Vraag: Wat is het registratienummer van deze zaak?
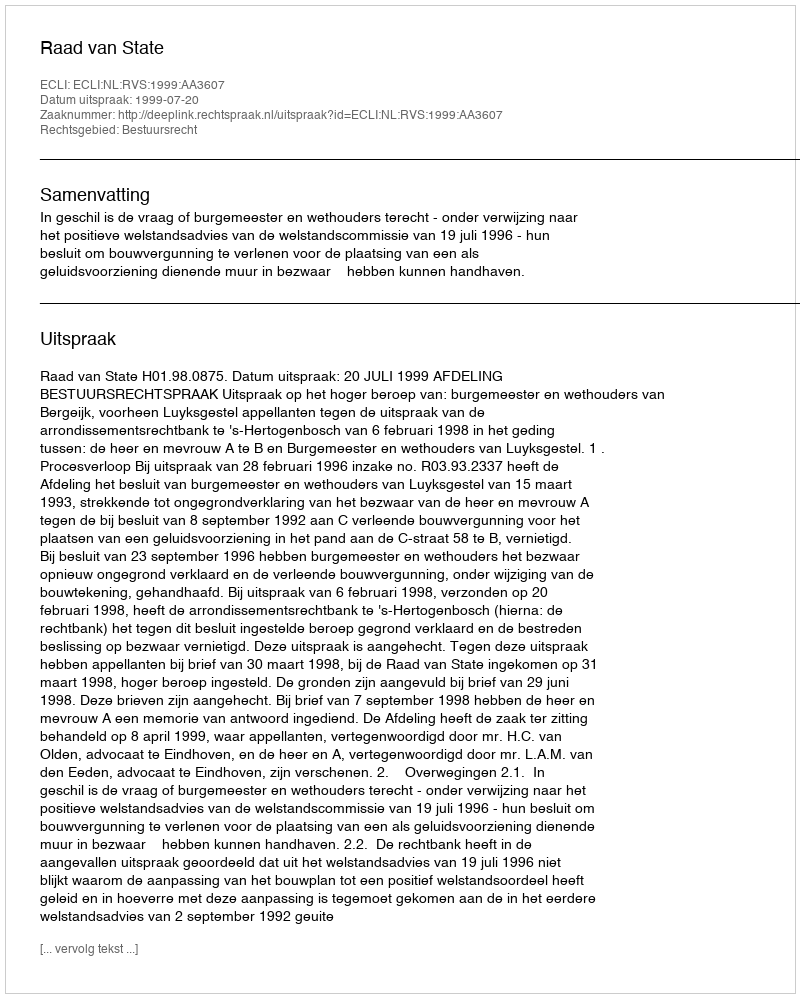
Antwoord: http://deeplink.rechtspraak.nl/uitspraak?id=ECLI:NL:RVS:1999:AA3607